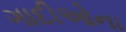
ગાદીઓના